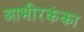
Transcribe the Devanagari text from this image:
आभीरकंका